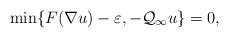
LaTeX: \begin{align*}\min\{F(\nabla u) - \varepsilon, -\mathcal{Q}_\infty u\}= 0,\end{align*}